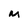
Character: M